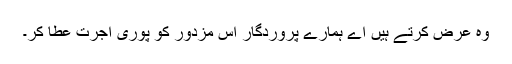
وہ عرض کرتے ہیں اے ہمارے پروردگار اس مزدور کو پوری اُجرت عطا کر۔